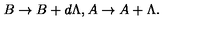
B \rightarrow B + d \Lambda , A \rightarrow A + \Lambda .